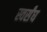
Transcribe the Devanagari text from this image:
स्वर्संघ